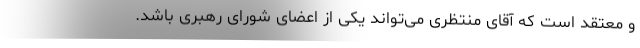
و معتقد است که آقای منتظری می‌تواند یکی از اعضای شورای رهبری باشد.